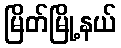
မြိတ်မြို့နယ်